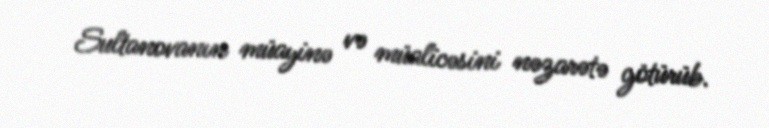
Sultanovanın müayinə və müalicəsini nəzarətə götürüb.